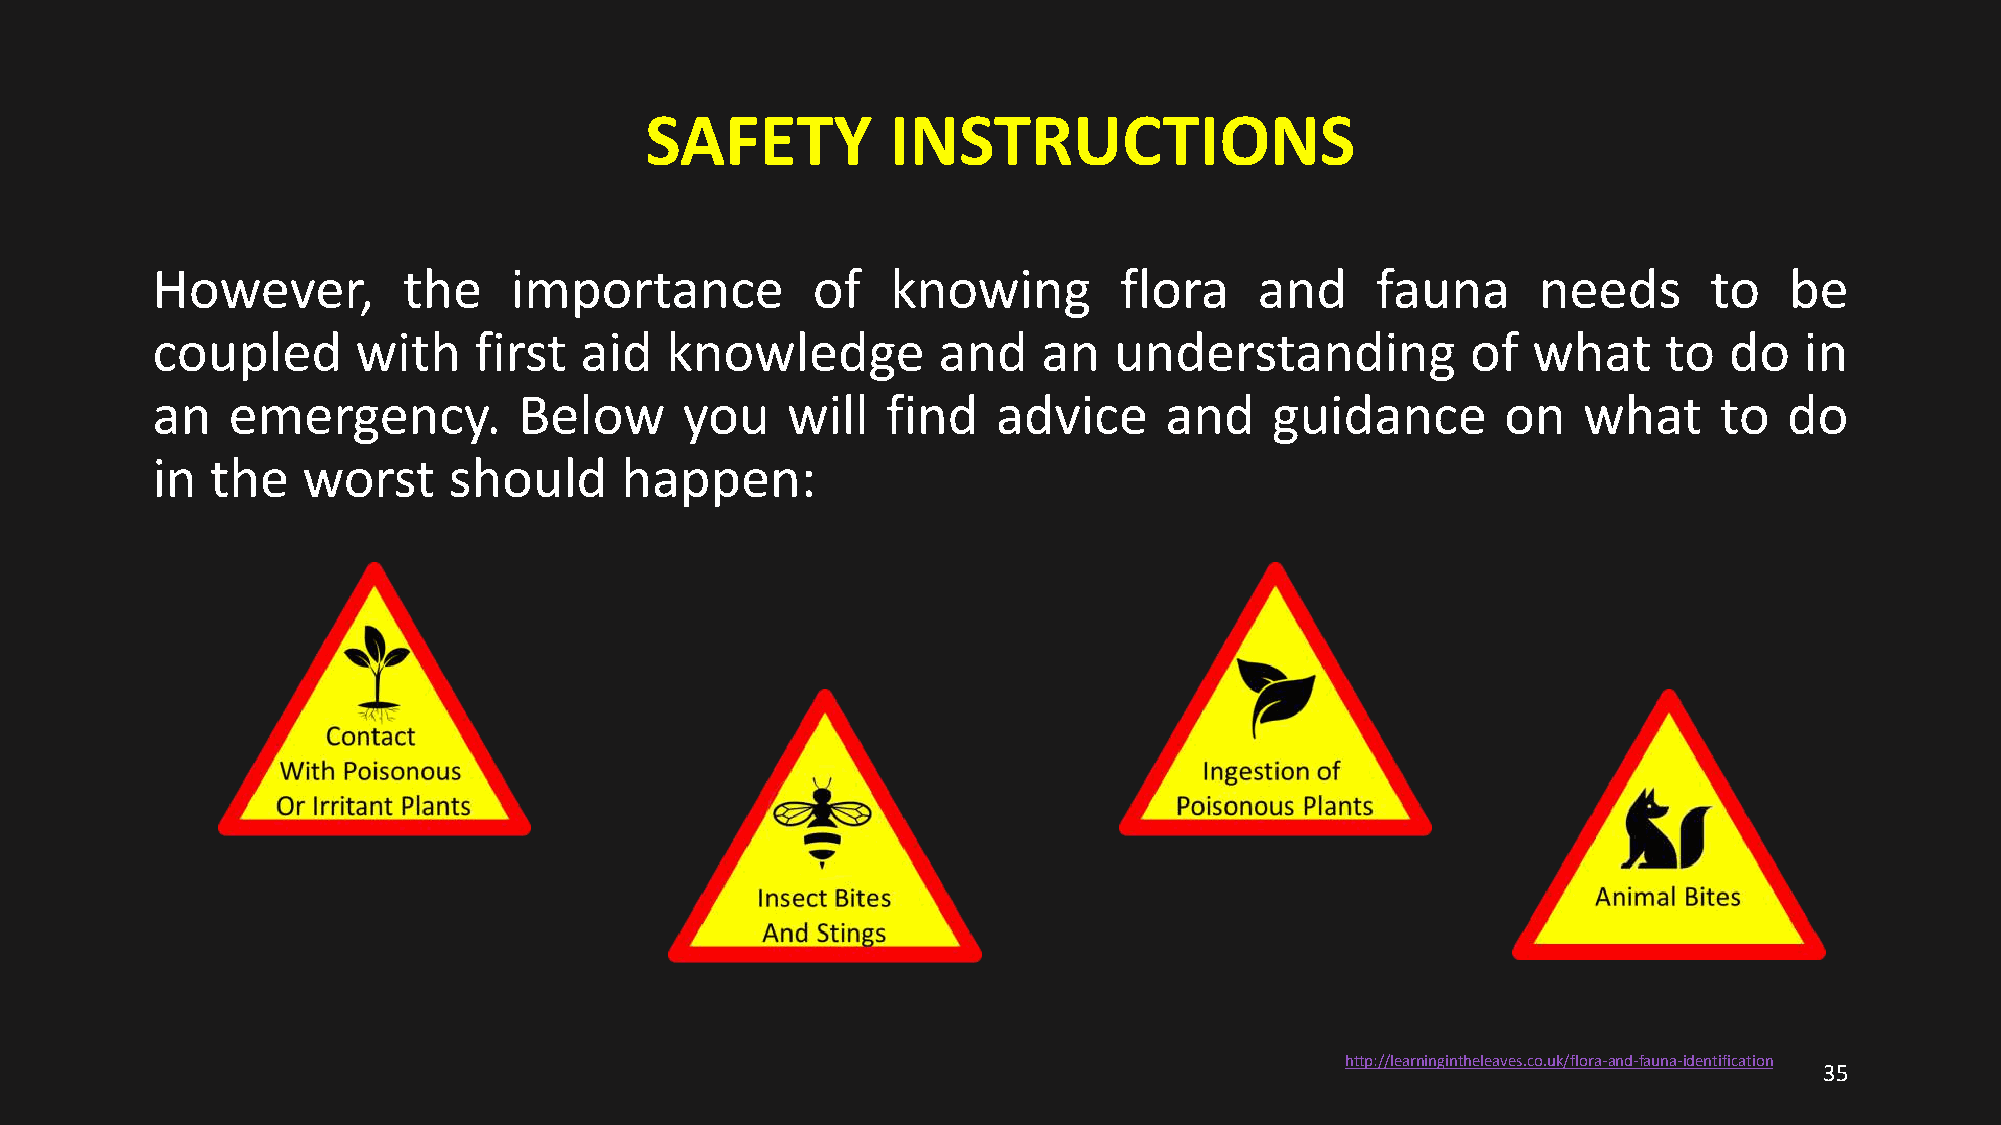
SAFETY          INSTRUCTIONS
 However,         the    importance          of   knowing        flora    and     fauna      needs      to   be
 coupled       with   first  aid   knowledge         and    an   understanding          of  what     to  do   in
 an   emergency.         Below      you    will   find   advice     and    guidance        on   what     to  do
 in  the   worst     should     happen:
 http://learningintheleaves.co.uk/flora-and-fauna-identification
 35